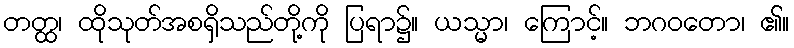
တတ္ထ၊ ထိုသုတ်အစရှိသည်တို့ကို ပြရာ၌။ ယသ္မာ၊ ကြောင့်။ ဘဂဝတော၊ ၏။